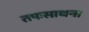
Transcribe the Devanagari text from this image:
तपःसाधना